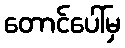
တောင်ပေါ်မှ